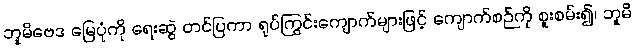
ဘူမိဗေဒ မြေပုံကို ရေးဆွဲ တင်ပြကာ ရုပ်ကြွင်းကျောက်များဖြင့် ကျောက်စဉ်ကို စူးစမ်း၍၊ ဘူမိ